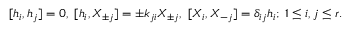
{ } [ h _ { i } , h _ { j } ] = 0 , \; [ h _ { i } , X _ { \pm j } ] = \pm k _ { j i } X _ { \pm j } , \; [ X _ { i } , X _ { - j } ] = \delta _ { i j } h _ { i } ; \; 1 \leq i , j \leq r .